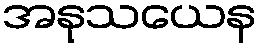
အနုသယေန